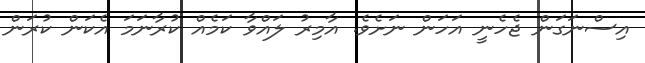
އިސްނަގަން ޖެހެނީ އަހަން ނަށެވެ. އާމިރު ލައްވާ ކަމެއް ކުރާނަމަ އެކަން ކުރަން